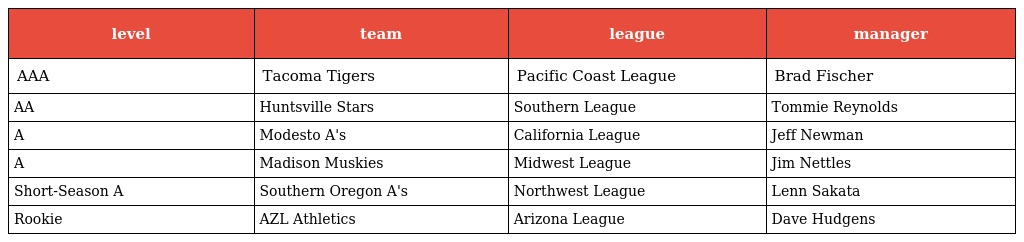
| level | team | league | manager |
 | --- | --- | --- | --- |
 | AAA | Tacoma Tigers | Pacific Coast League | Brad Fischer |
 | AA | Huntsville Stars | Southern League | Tommie Reynolds |
 | A | Modesto A's | California League | Jeff Newman |
 | A | Madison Muskies | Midwest League | Jim Nettles |
 | Short-Season A | Southern Oregon A's | Northwest League | Lenn Sakata |
 | Rookie | AZL Athletics | Arizona League | Dave Hudgens |